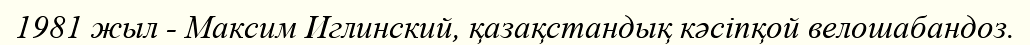
1981 жыл - Максим Иглинский, қазақстандық кәсіпқой велошабандоз.